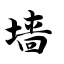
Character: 墙